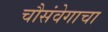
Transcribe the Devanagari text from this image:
चौसंवेगाचा